Annual administration and progress report of the Indian Medical Department, Bombay
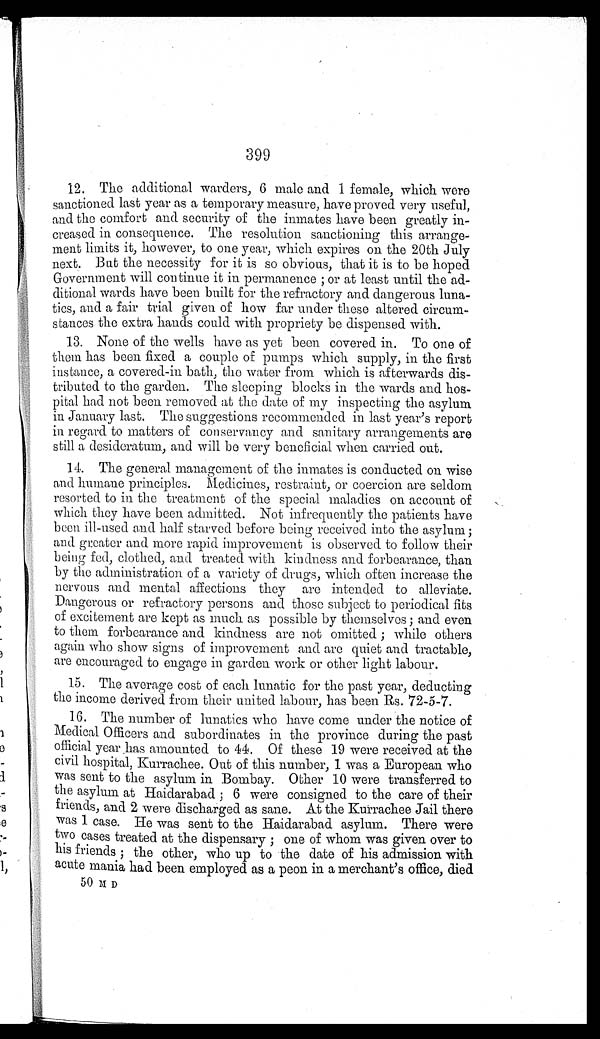
399
12. The additional warders, 6 male and 1 female, which were
sanctioned last year as a temporary measure, have proved very useful,
and the comfort and security of the inmates have been greatly in
-creased in consequence. The resolution sanctioning this arrange
- m e n t l i m i t s i t , h o w e v e r , t o o n e y e a r , w h i c h e x p i r e s o n t h e 2 0 t h J u l y
next. But the necessity for it is so obvious, that it is to be hoped
Government will continue it in permanence ; or at least until the ad-
ditional wards have been built for the refractory and dangerous luna
-tics, and a fair trial given of how far under these altered circum
- s t a n c e s t h e e x t r a h a n d s c o u l d w i t h p r o p r i e t y b e d i s p e n s e d w i t h .
13. None of the wells have as yet been covered in. To one of
them has been fixed a couple of pumps which supply, in the first
instance, a covered-in bath, the water from which is afterwards dis
-tributed to the garden. The sleeping blocks in the wards and hos
- p i t a l h a d n o t b e e n r e m o v e d a t t h e d a t e o f m y i n s p e c t i n g t h e a s y l u m
in January last. The suggestions recommended in last year's report
in regard to matters of conservancy and sanitary arrangements are
still a desideratum, and will be very beneficial when carried out.
14. The general management of the inmates is conducted on wise
and humane principles. Medicines, restraint, or coercion are seldom
resorted to in the treatment of the special maladies on account of
which they have been admitted. Not infrequently the patients have
been ill-used and half starved before being received into the asylum ;
and greater and more rapid improvement is observed to follow their
being fed, clothed, and treated with kindness and forbearance, than
by the administration of a variety of drugs, which often increase the
nervous and mental affections they are intended to alleviate.
Dangerous or refractory persons and those subject to periodical fits
of excitement are kept as much as possible by themselves; and even
to them forbearance and kindness are not omitted ; while others
again who show signs of improvement and are quiet and tractable,
a r e e n c o u r a g e d t o e n g a g e i n g a r d e n w o r k o r o t h e r l i g h tlabour.
15. The average cost of each lunatic for the past year, deducting
the income derived from their united labour, has been Rs. 72-5-7.
16. The number of lunatics who have come under the notice of
Medical Officers and subordinates in the province during the past
official year has amounted to 44. Of these 19 were received at the
civil hospital, Kurrachee. Out of this number, 1 was a European who
was sent to the asylum in Bombay. Other 10 were transferred to
the asylum at Haidarabad ; 6 were consigned to the care of their
friends, and 2 were discharged as sane. At the Kurrachee Jail there
was 1 case. He was sent to the Haidarabad asylum. There were
two cases treated at the dispensary ; one of whom was given over to
his friends ; the other, who up to the date of his admission with
acute mania had been employed as a peon in a merchant's office, died
50 M D